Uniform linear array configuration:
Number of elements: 8
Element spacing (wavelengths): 1
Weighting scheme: uniform
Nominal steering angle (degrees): -60
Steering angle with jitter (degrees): -58.38
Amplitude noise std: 0.05
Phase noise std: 0.05

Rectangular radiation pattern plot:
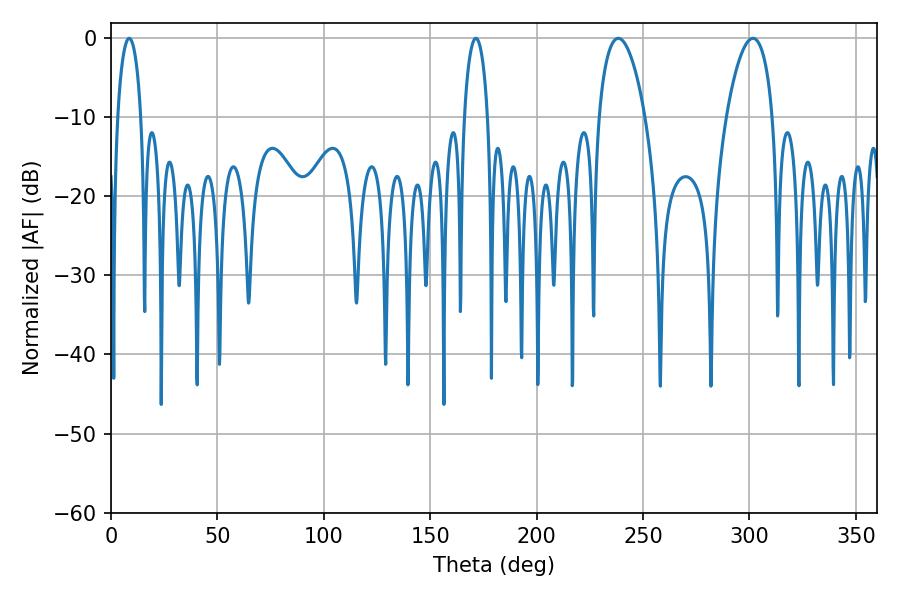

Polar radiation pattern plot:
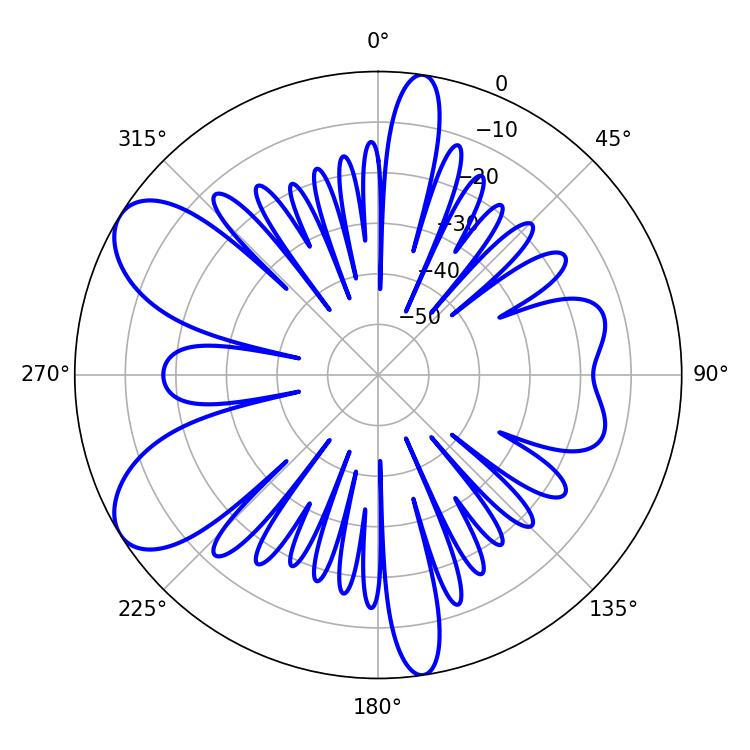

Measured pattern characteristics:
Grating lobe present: TRUE
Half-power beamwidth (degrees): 12.24
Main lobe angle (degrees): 301.68